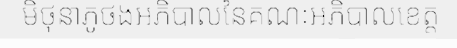
មិថុនាភូថងអភិបាលនៃគណៈអភិបាលខេត្ត